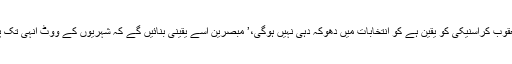
کوسووو کے عبوری صدر يعقوب کراسنيکی کو يقين ہے کو انتخابات ميں دھوکہ دہی نہيں ہوگی،’ مبصرين اسے يقينی بنائيں گے کہ شہريوں کے ووٹ اُنہی تک پہنچيں، جن کو وہ ديے جائيں۔